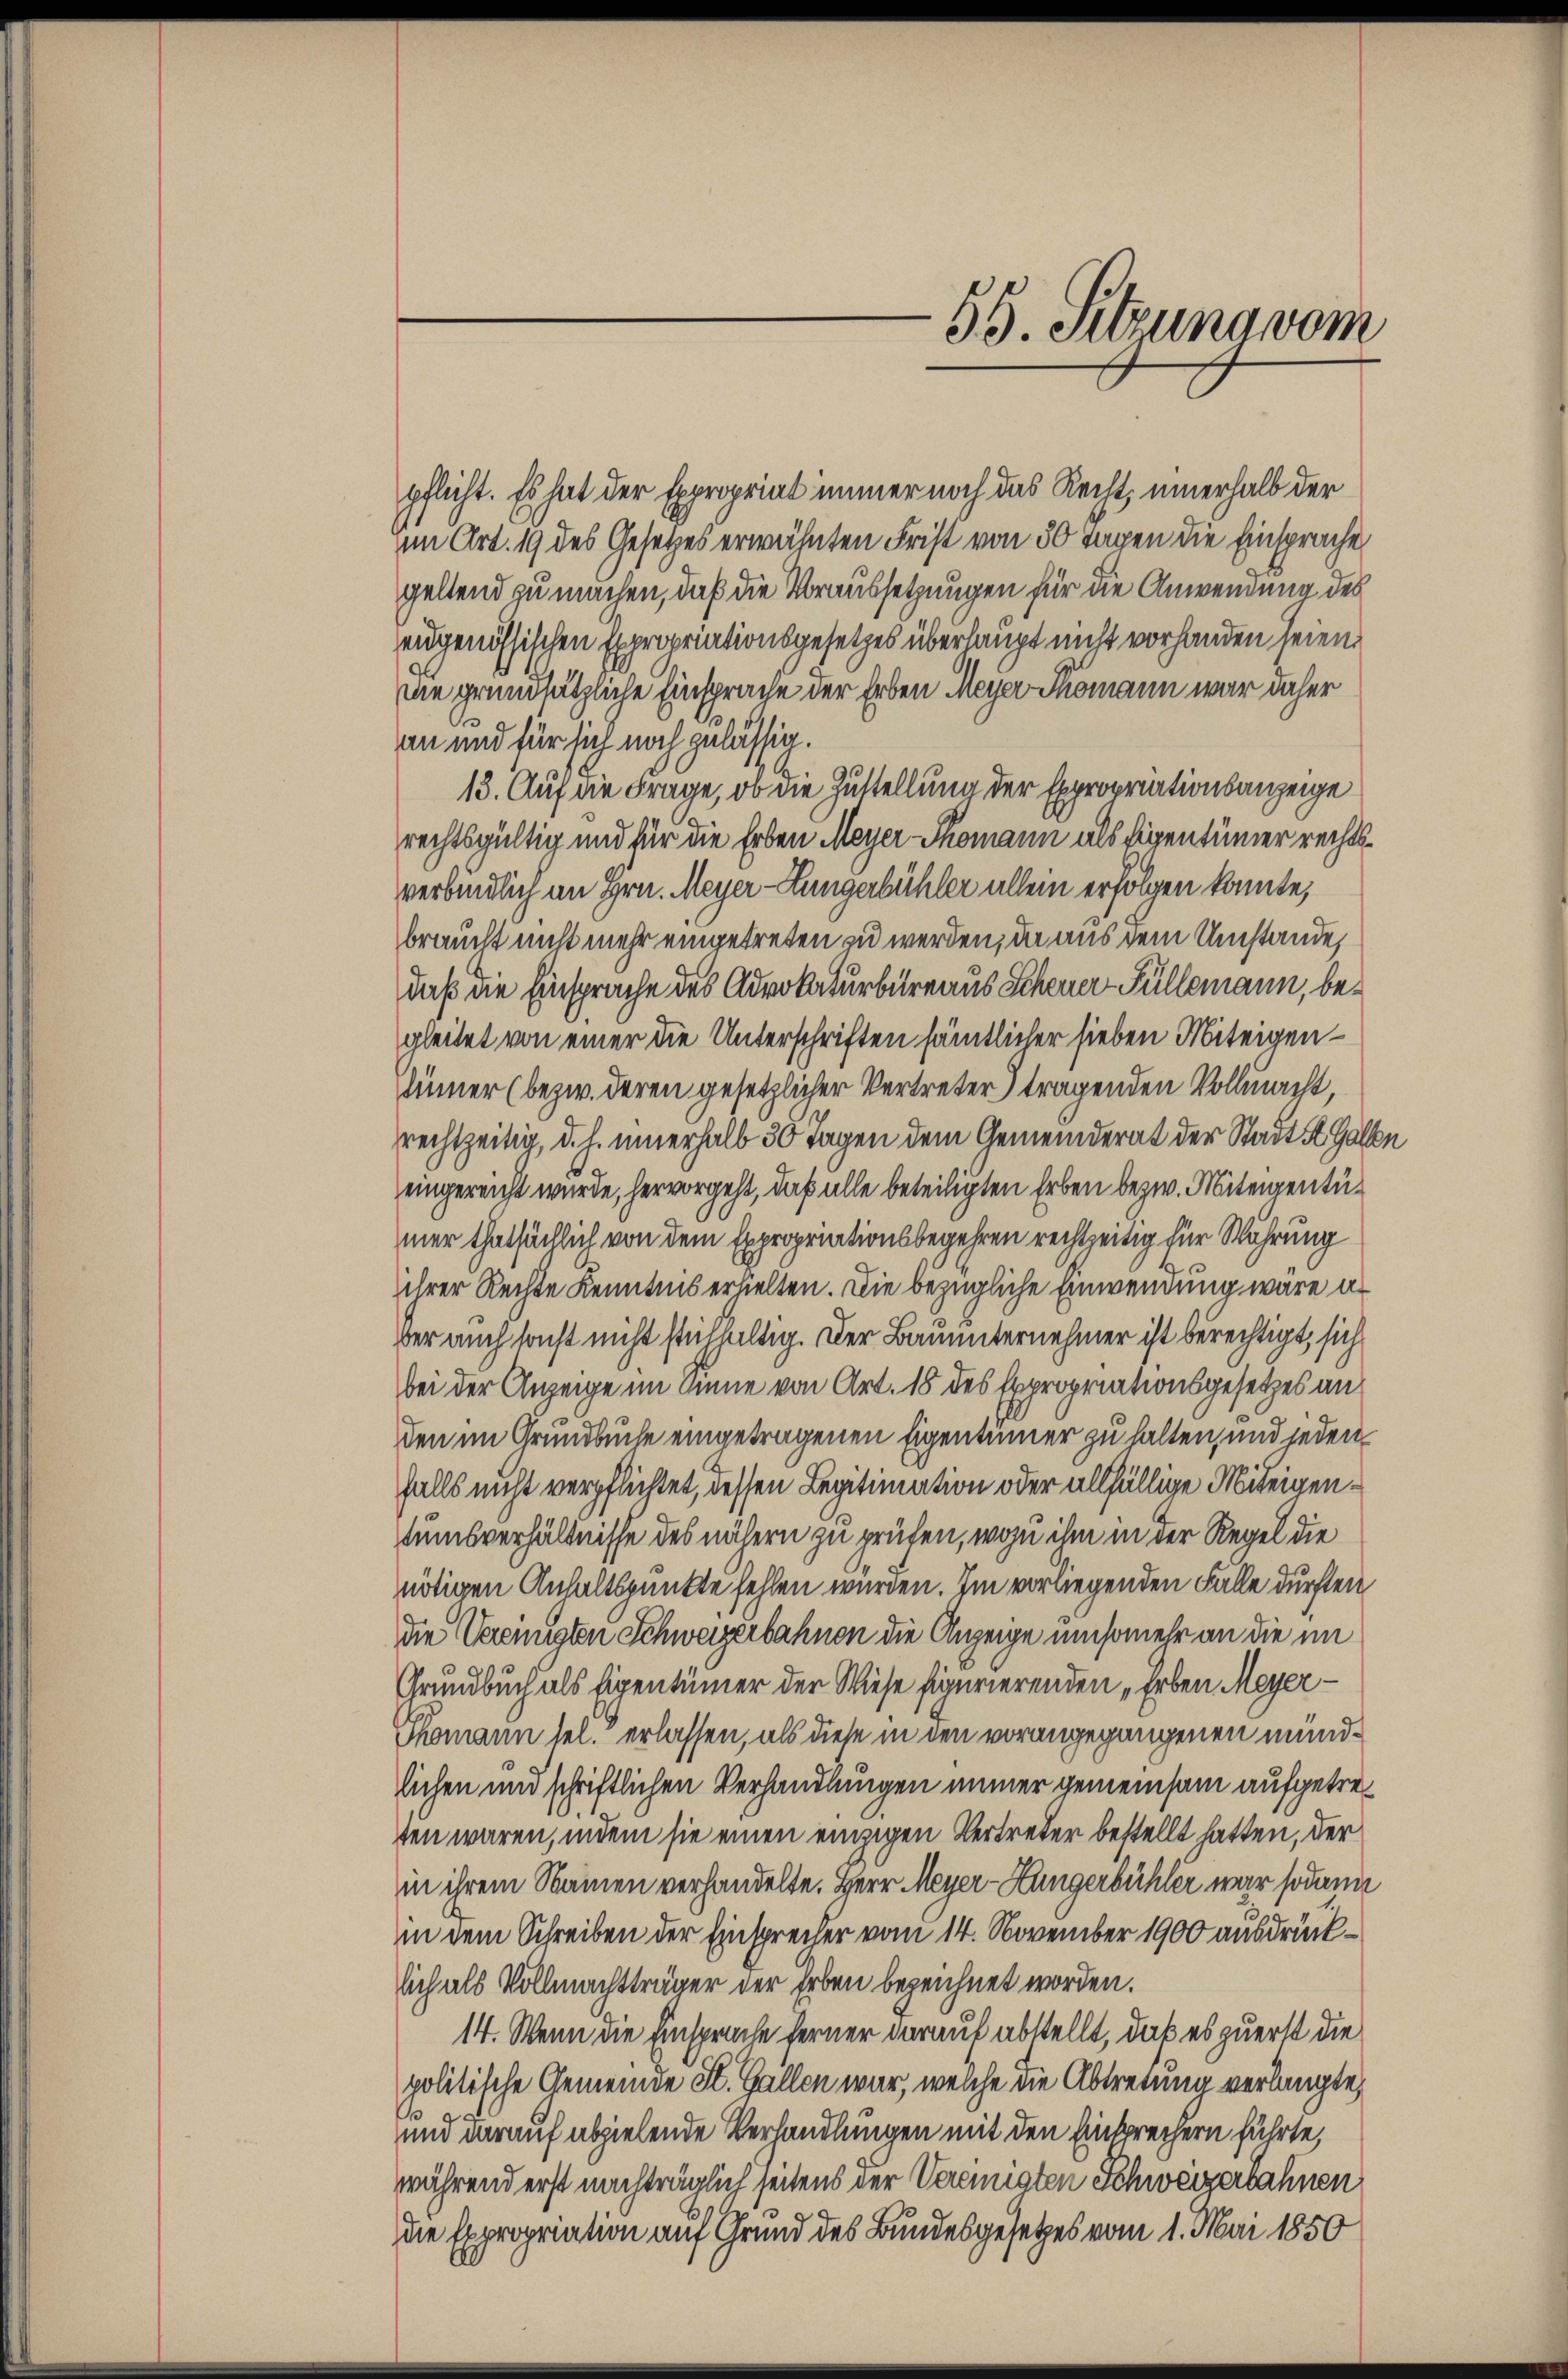
pflicht. Es hat der Expropriat immer noch das Recht, innerhalb der
im Art. 19 des Gesetzes erwähnten Frist von 30 Tagen die Einsprache
geltend zu machen, daß die Voraussetzungen für die Anwendung des
eidgenössischen Expropriationsgesetzes überhaupt nicht vorhanden seien.
Die grundsätzliche Einsprache der Erben Meyer Thomann war daher
an und für sich noch zulässig.
13. Auf die Frage, ob die Zustellung der Expropriationsanzeige
rechtsgültig und für die Erben Meyer-Thomann als Eigentümer rechtsverbindlich im Hrn. Meyer-Lungerbühler allein erfolgen konnte,
braucht nicht mehr eingetreten zu werden, da aus dem Umstände,
daß die Einsprache des Advokaturbüreaus Scheuer Füllemann, begleitet von einer die Unterschriften sämtlicher sieben Miteigendünner (bezw. deren gesetzlicher Vertreter) tragenden Vollmacht,
rechtzeitig, d. h. innerhalb 30 Tagen dem Gemeinderat der Stadt St. Gallen
eingereicht wurde, hervorgeht, daß alle beteiligten Erben bezw. Miteigentümer thatsächlich von dem Expropriationsbegehren rechtzeitig für Wahrung
ihrer Rechte Kenntnis erhielten. Die bezügliche Einwendung wäre a
ber auch sonst nicht stichhaltig. Der Bauunternehmer ist berechtigt, sich
bei der Anzeige im Sinne von Art. 18 des Expropriationsgesetzes an
den im Grundbuche eingetragenen Eigentümer zu halten, und jeden
falls nicht verpflichtet, dessen Legitimation oder allfällige Miteigentumsverhältnisse des nähern zu prüfen, wozu ihm in der Regel die
nötigen Anhaltspunkte fehlen würden. Im vorliegenden Falle durften
die Verengten Schweizerbahnen die Anzeige umsomehr an die im
Grundbuch als Eigentümer der Wiese figurierenden „Erben Meyer
Thomann sel. erlassen, als diese in den vorangegangenen mündlichen und schriftlichen Verhandlungen immer gemeinsam aufgetreten waren, indem sie einen einzigen Vertreter bestellt hatten, der
in ihrem Namen verhandelte. Herr Meyer-Hüngerbühler war sodann
in dem Schreiben der Einsprecher vom 14. November 1900 ausdrücklich als Vollmachtträger der Erben bezeichnet worden.
14. Wenn die Einsprache ferner darauf abstellt, daß es zuerst die
politische Gemeinde St. Gallen war, welche die Abtretung verlangte,
und darauf abzielende Verhandlungen mit den Einsprechern führte,
während erst nachträglich seitens der Vereinigten Schweizerbahnen
die Expropriation auf Grund des Bundesgesetzes vom 1. Mai 1850

55. Sitzung vom